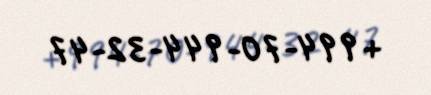
+994-70-944-32-47